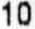
10